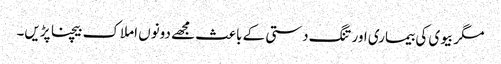
مگر بیوی کی بیماری اور تنگ دستی کے باعث مجھے دونوں املاک بیچنا پڑیں۔